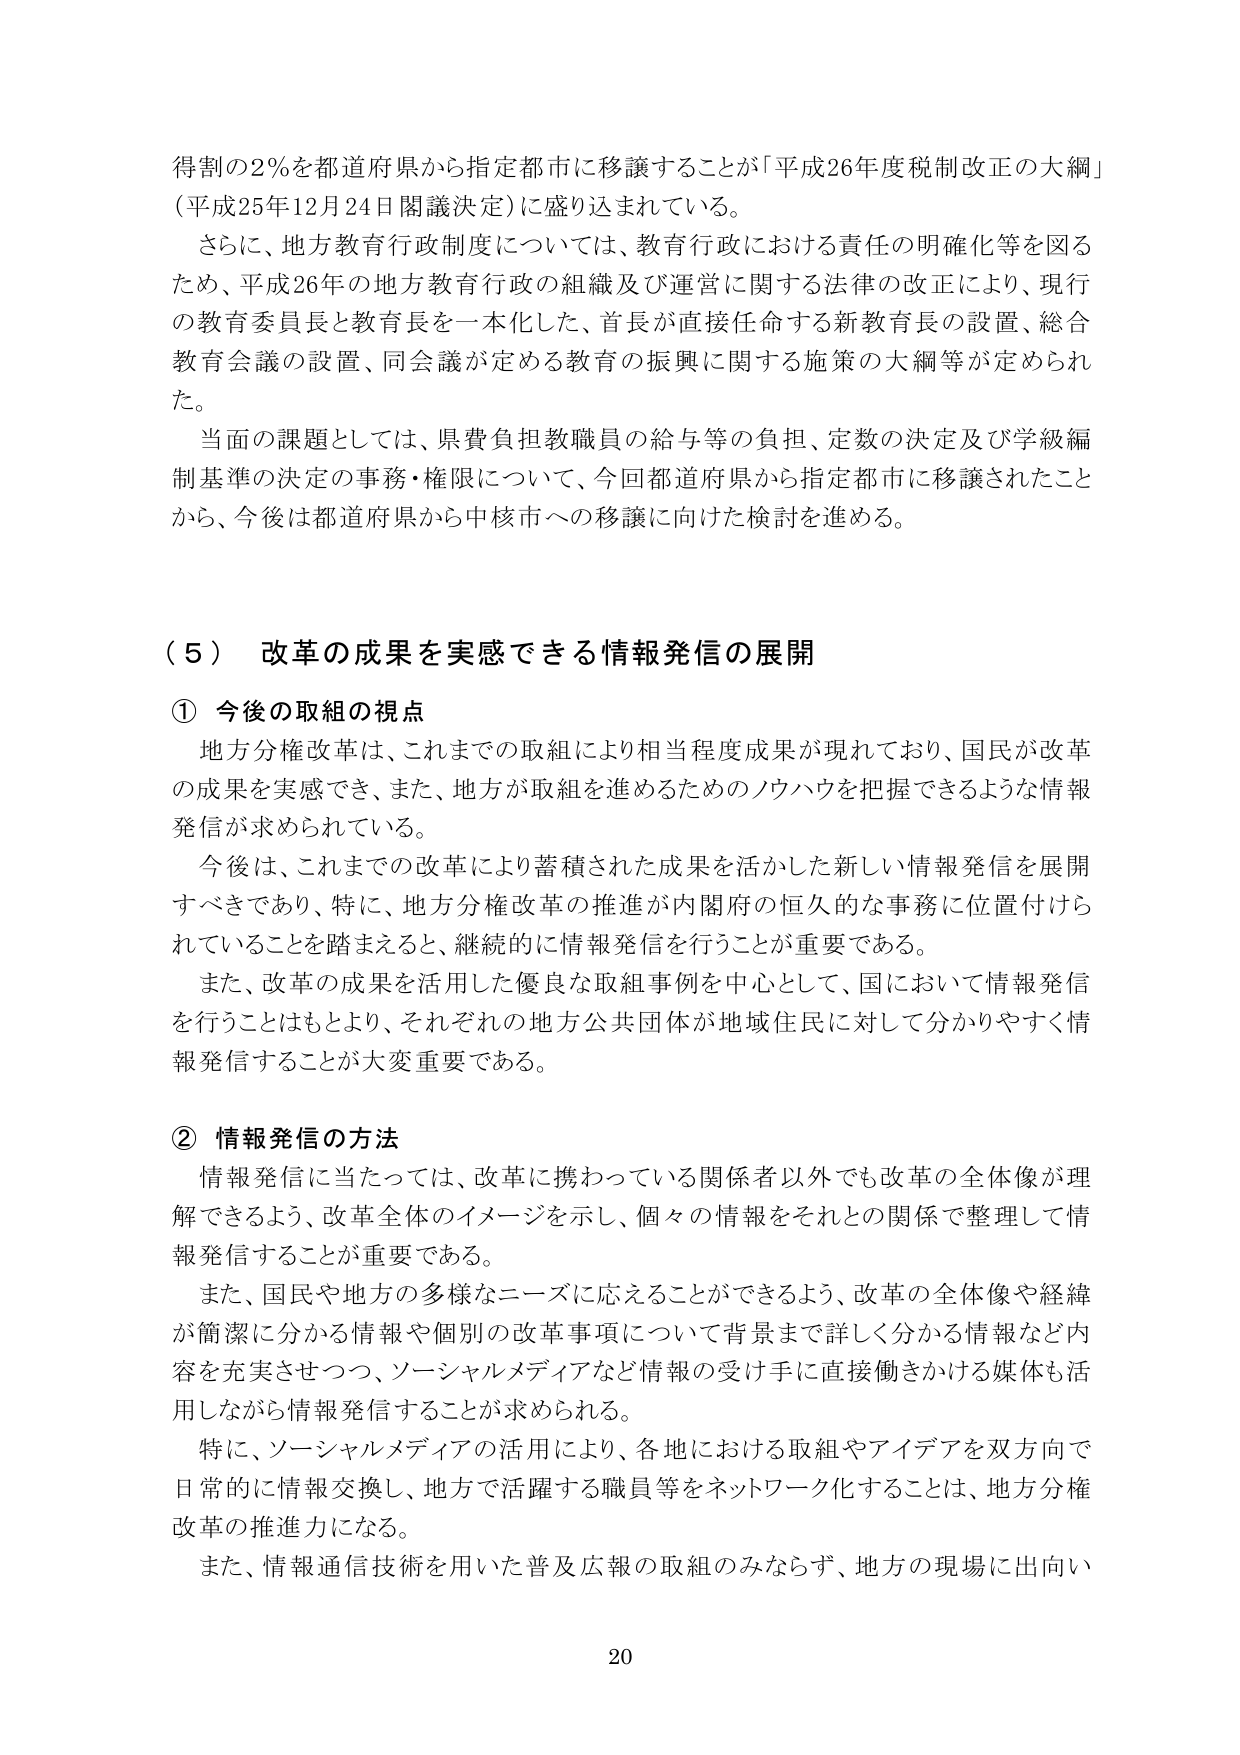
得割の2％を都道府県から指定都市に移譲することが「平成26年度税制改正の大綱」（平成25年12月24日閣議決定）に盛り込まれている。

さらに、地方教育行政制度については、教育行政における責任の明確化等を図るため、平成26年の地方教育行政の組織及び運営に関する法律の改正により、現行の教育委員長と教育長を一本化した、首長が直接任命する新教育長の設置、総合教育会議の設置、同会議が定める教育の振興に関する施策の大綱等が定められた。

当面の課題としては、県費負担教職員の給与等の負担、定数の決定及び学級編制基準の決定の事務・権限について、今回都道府県から指定都市に移譲されたことから、今後は都道府県から中核市への移譲に向けた検討を進める。

（５）改革の成果を実感できる情報発信の展開

① 今後の取組の視点

地方分権改革は、これまでの取組により相当程度成果が現れており、国民が改革の成果を実感でき、また、地方が取組を進めるためのノウハウを把握できるような情報発信が求められている。

今後は、これまでの改革により蓄積された成果を活かした新しい情報発信を展開すべきであり、特に、地方分権改革の推進が内閣府の恒久的な事務に位置付けられていることを踏まえると、継続的に情報発信を行うことが重要である。

また、改革の成果を活用した優良な取組事例を中心として、国において情報発信を行うことはもとより、それぞれの地方公共団体が地域住民に対して分かりやすく情報発信することが大変重要である。

② 情報発信の方法

情報発信に当たっては、改革に携わっている関係者以外でも改革の全体像が理解できるよう、改革全体のイメージを示し、個々の情報をそれとの関係で整理して情報発信することが重要である。

また、国民や地方の多様なニーズに応えることができるよう、改革の全体像や経緯が簡潔に分かる情報や個別の改革事項について背景まで詳しく分かる情報など内容を充実させつつ、ソーシャルメディアなど情報の受け手に直接働きかける媒体も活用しながら情報発信することが求められる。

特に、ソーシャルメディアの活用により、各地における取組やアイデアを双方向で日常的に情報交換し、地方で活躍する職員等をネットワーク化することは、地方分権改革の推進力になる。

また、情報通信技術を用いた普及広報の取組のみならず、地方の現場に出向い

20